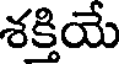
శక్తియే